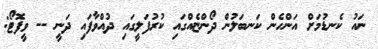
ނައު ކެނޑުމަށް އަންހެން ކަނބަލުން ދޯންޏެއްގައި ކުރުފަލީގައި ދުއްވާފައި ދަނީ -- ވީފޮޓޯ: